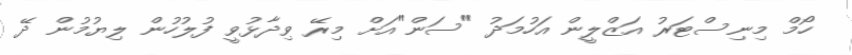
ހޯމް މިނިސްޓަރު އަޒްލީން އަހުމަދު "ސަން"އަށް މިރޭ ވިދާޅުވީ ފުލުހުން ލިޔުމުން ދޭ